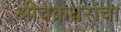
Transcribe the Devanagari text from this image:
श्रीचक्रधरांचा